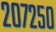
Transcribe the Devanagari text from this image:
२०७२५०